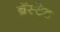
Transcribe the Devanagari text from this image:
ब्रॅस्टेड